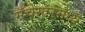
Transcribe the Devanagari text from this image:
मँचेस्टरमध्ये